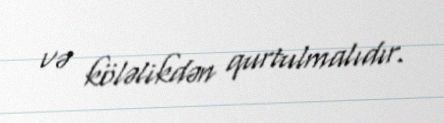
və köləlikdən qurtulmalıdır.